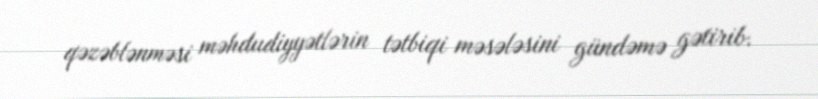
qəzəblənməsi məhdudiyyətlərin tətbiqi məsələsini gündəmə gətirib.